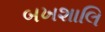
બખશાલિ